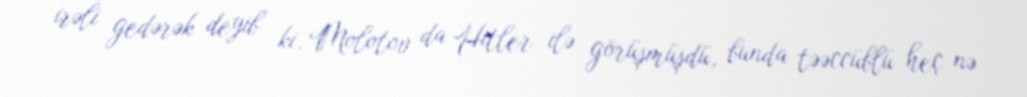
irəli gedərək deyib ki, Molotov da Hitler ilə görüşmüşdü, bunda təəccüblü heç nə